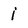
Character: i